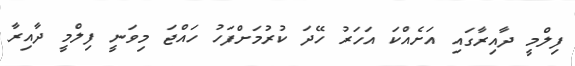
ފިލްމީ ދާއިރާގައި އަށެއްކަ އަހަރު ހޭދަ ކުރުމަށްފަހު ހައްޖަ މިވަނީ ފިލްމީ ދާއިރާ